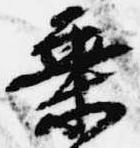
乗